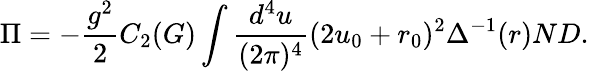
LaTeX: \Pi=-\frac{g^{2}}{2}C_{2}(G)\int\frac{d^{4}u}{(2\pi)^{4}}(2u_{0}+r_{0})^{2}\Delta^{-1}(r)ND.